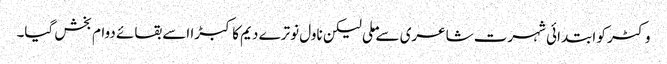
وکٹر کو ابتدائی شہرت شاعری سے ملی لیکن ناول نوترے دیم کا کبڑا اسے بقائے دوام بخش گیا۔